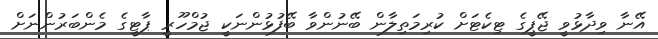
އޭނާ ވިދާޅުވީ ޖޭޕީގެ ޓިކެޓަށް ކުރިމަތިލާން ބޭނުންވާ ބޭފުޅުންނަކީ ޖުމްހޫރީ ޕާޓީގެ މެންބަރުންނަށް